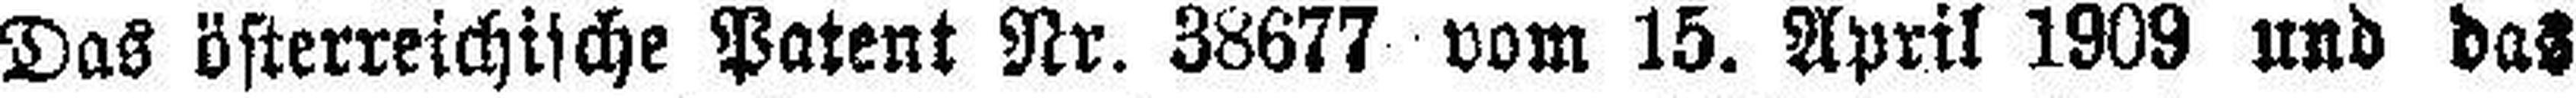
Das österreichische Patent Nr. 38677 vom 15. April 1909 und das